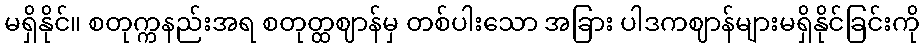
မရှိနိုင်။ စတုက္ကနည်းအရ စတုတ္ထဈာန်မှ တစ်ပါးသော အခြား ပါဒကဈာန်များမရှိနိုင်ခြင်းကို